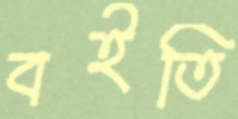
বইতি